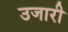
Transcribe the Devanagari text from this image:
उजारी